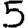
Digit: 5